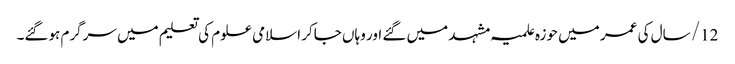
12/ سال کی عمر میں حوزہ علمیہ مشہد میں گئے اور وہاں جاکر اسلامی علوم کی تعلیم میں سرگرم ہوگئے۔